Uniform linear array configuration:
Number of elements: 8
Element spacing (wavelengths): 0.25
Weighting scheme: exponential
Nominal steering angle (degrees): -30
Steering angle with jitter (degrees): -31.037
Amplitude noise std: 0.05
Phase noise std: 0.05

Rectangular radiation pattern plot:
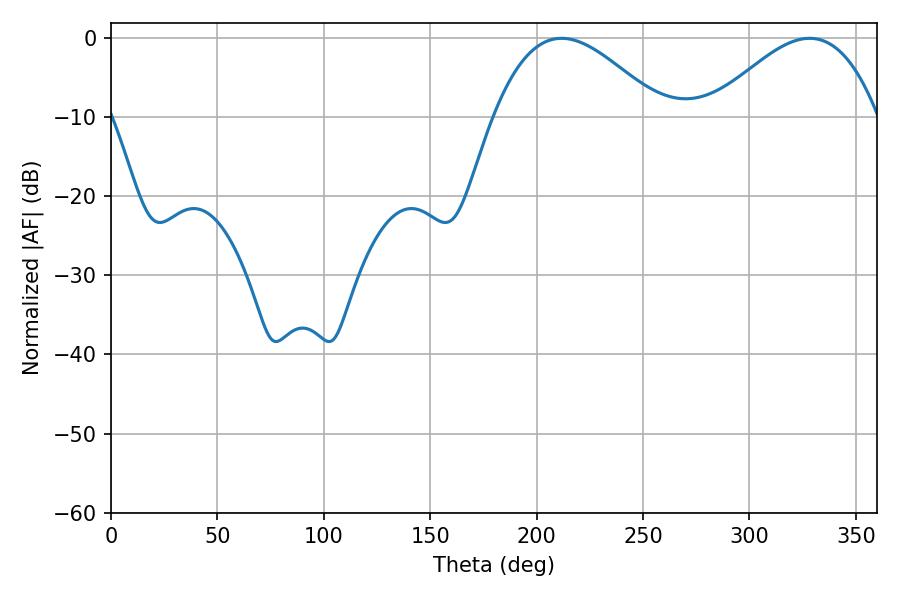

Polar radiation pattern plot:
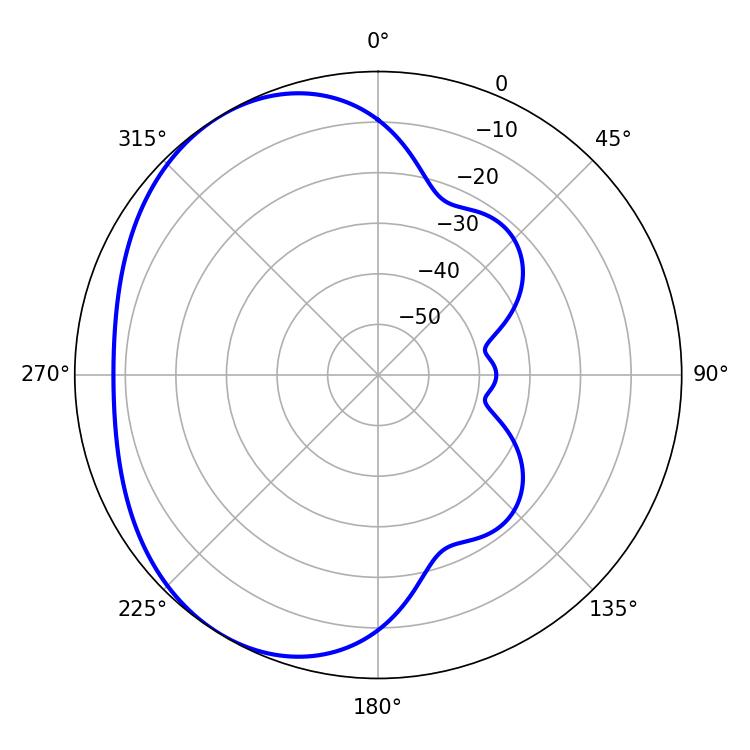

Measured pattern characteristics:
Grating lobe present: FALSE
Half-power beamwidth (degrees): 42.66
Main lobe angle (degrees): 211.68